Eesti_Vabariigi_Tartu_Ulikool, lk 107
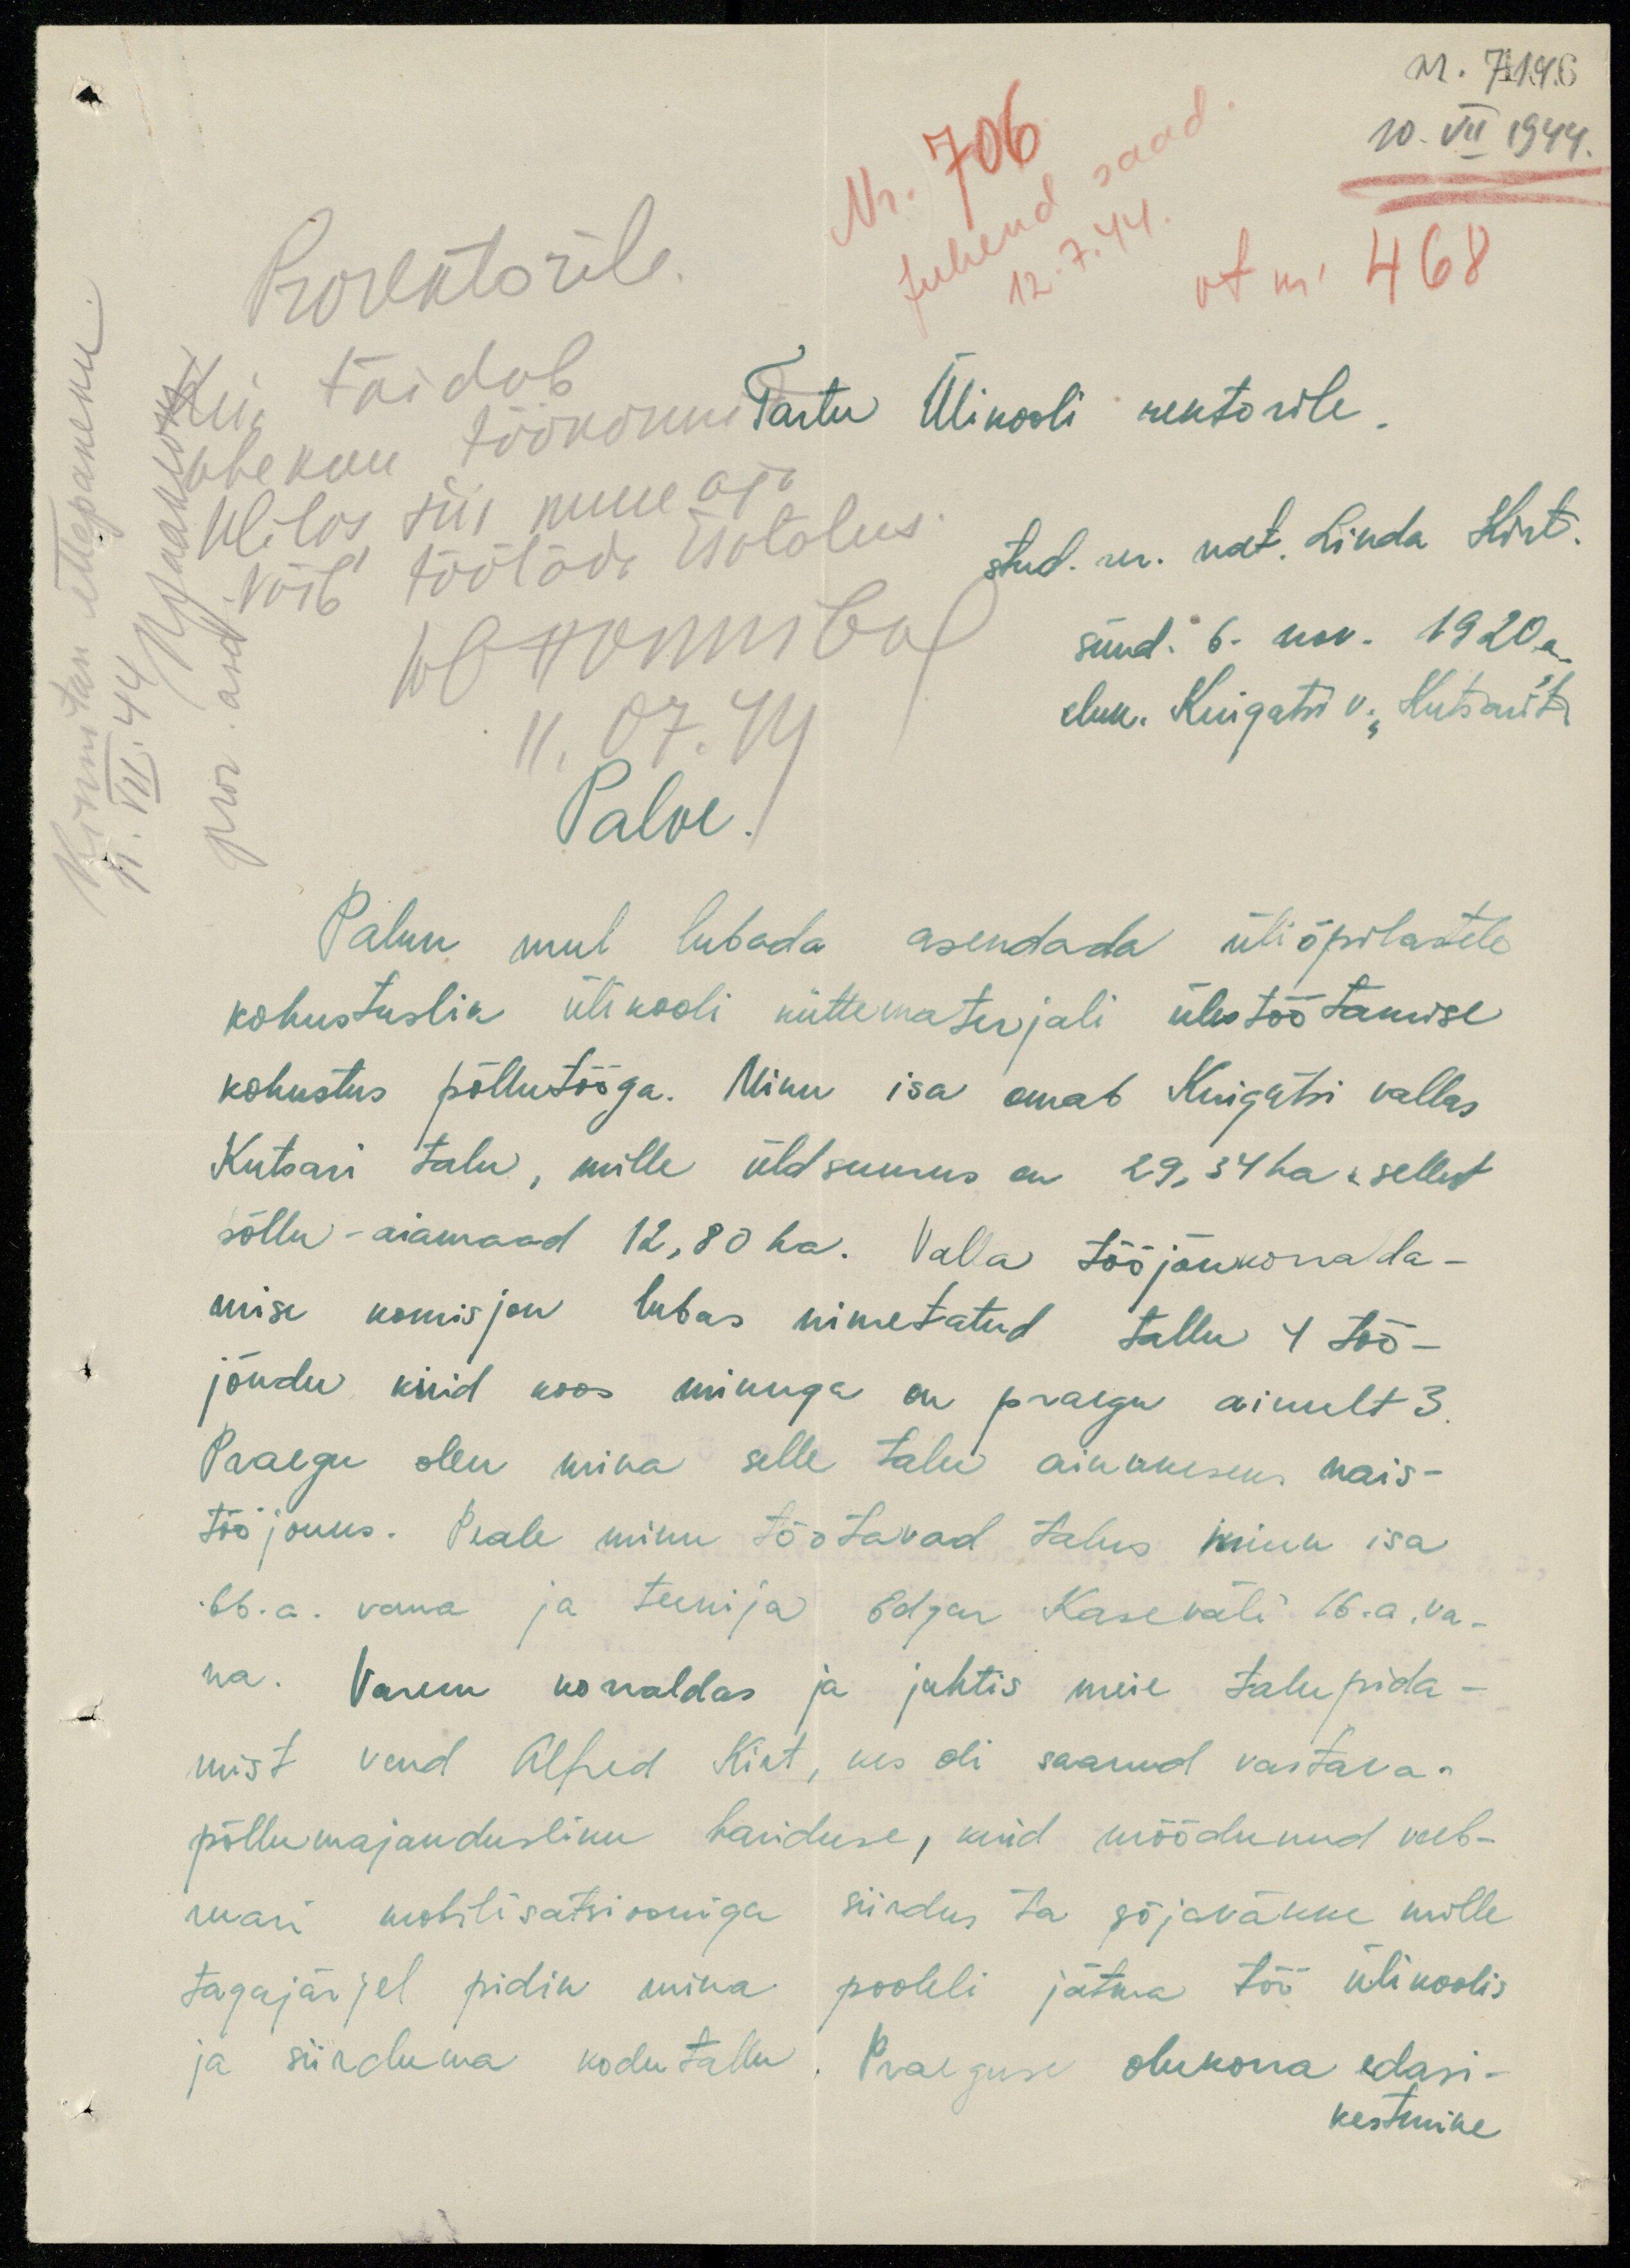
nr. 714
10. VII 1944.
Nr. 706
Juhend saad
12.7.44
vt nr 468
Prorektorile.
Kui täidab
ühekuu töönormi
Ulilas siis muu aja
võib töötada isatalus
11.07.VII.
Kinnitan ettepaneku
11.VII.44
pror. aset
Tartu Ülikooli rektorile
stud. rer. nat. Linda Kirt.
sünd. 6. nov. 1920a.
eluk. Kuigatsi v. Kutsari t.
Palve.
Palun mul lubada asendada üliõpilastele
kohustuslik ülikooli küttematerjali ülestöötamise
kohustus põllutööga. Minu isa omab Kuigatsi vallas.
Kutsari talu, mille üldsuurus on 29,34 ha, sellest
põllu-aiamaad 12,80 ha. Valla tööjõukorralda-
mise komisjon lubas nimetatud tallu 4 töö-
jõudu kuid koos minuga on praegu ainult 3.
Paaegu olen mina selle talu ainukeseks nais-
tööjouks. Peale minu töötavad talus minu isa
66. a. vana ja teenija Edgar Kaseväli 16.a. va-
na. Varem korraldas ja juhtis meie talupida-
mist vend Alfred Kirt, kes oli saanud vastava-
põllumajandusliku hariduse, kuid möödunud veeb-
ruari mobilisatsiooniga siirdus ta sõjaväkke mille
tagajärjel pidin mina pooleli jätma töö ülikoolis
ja siirduma kodutallu. Praeguse olukorra edasi-
kestmine